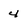
Character: 4